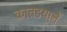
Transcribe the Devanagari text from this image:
कातडयानें